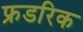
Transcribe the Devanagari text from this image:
फ्रडरिक